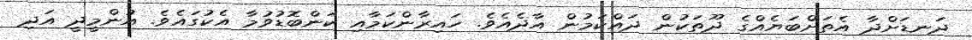
ދަނޑަށްދާ އެތަށްބަޔެއްގެ ދޫތަކުން ދައްކަމުން އާދެއެވެ. ހައިރާންކަމާއި ކަންބޮޑުވުމާ އެކުގައެވެ. އުންމީދީ އަދި